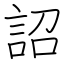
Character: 詔